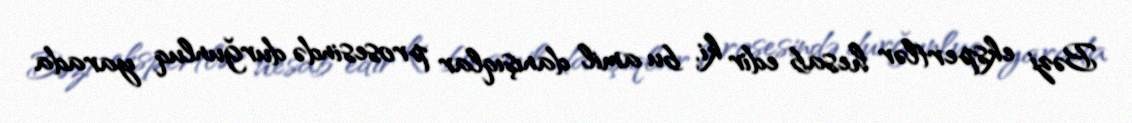
Bəzi ekspertlər hesab edir ki, bu amil danışıqlar prosesində durğunluq yarada